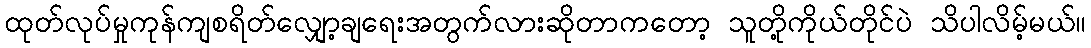
ထုတ်လုပ်မှုကုန်ကျစရိတ်လျှော့ချရေးအတွက်လားဆိုတာကတော့ သူတို့ကိုယ်တိုင်ပဲ သိပါလိမ့်မယ်။